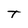
Character: T